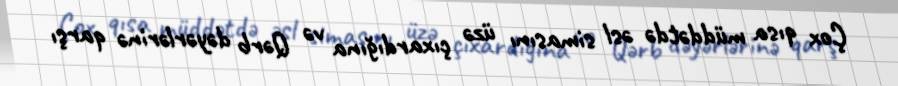
Çox qısa müddətdə əsl simasını üzə çıxardığına və Qərb dəyərlərinə qarşı